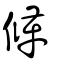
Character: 鞗